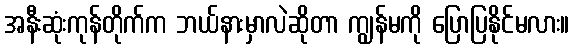
အနီးဆုံးကုန်တိုက်က ဘယ်နားမှာလဲဆိုတာ ကျွန်မကို ပြောပြနိုင်မလား။